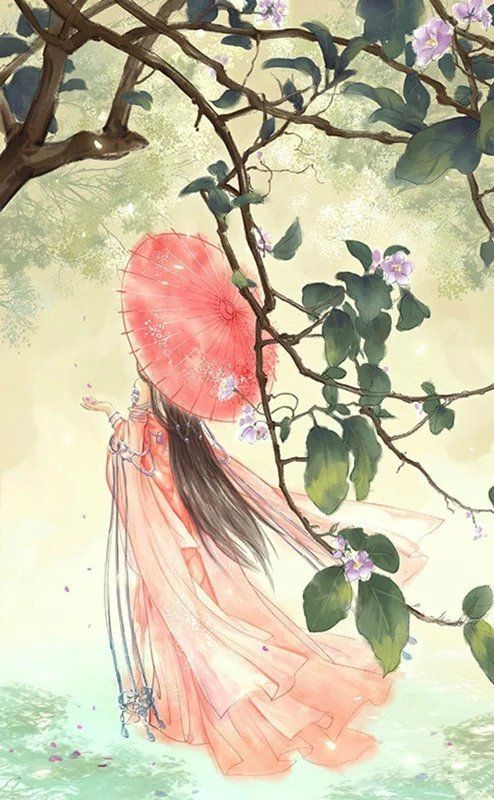
相寻梦里路，飞雨落花中。